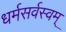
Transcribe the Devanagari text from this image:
धर्मसर्वस्वम्